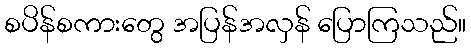
စပိန်စကားတွေ အပြန်အလှန် ပြောကြသည်။